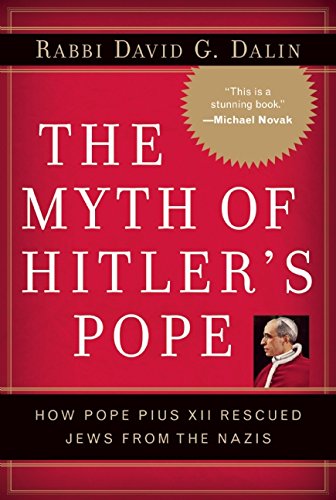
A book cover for The Myth of Hitler's Pope: Pope Pius XII And His Secret War Against Nazi Germany; David G. Dalin; Christian Books & Bibles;